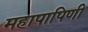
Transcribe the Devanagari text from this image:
महापापिणी